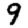
Digit: 9